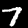
Digit: 7